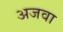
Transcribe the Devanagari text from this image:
अजवा